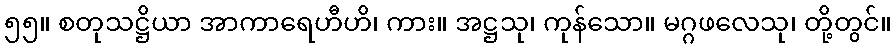
၅၅။ စတုသဋ္ဌိယာ အာကာရေဟီဟိ၊ ကား။ အဋ္ဌသု၊ ကုန်သော။ မဂ္ဂဖလေသု၊ တို့တွင်။